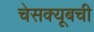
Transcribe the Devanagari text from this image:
चेसक्यूबची